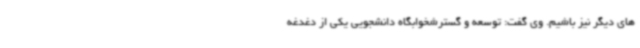
های دیگر نیز باشیم. وی گفت: توسعه و گسترشخوابگاه دانشجویی یکی از دغدغه